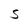
Character: S